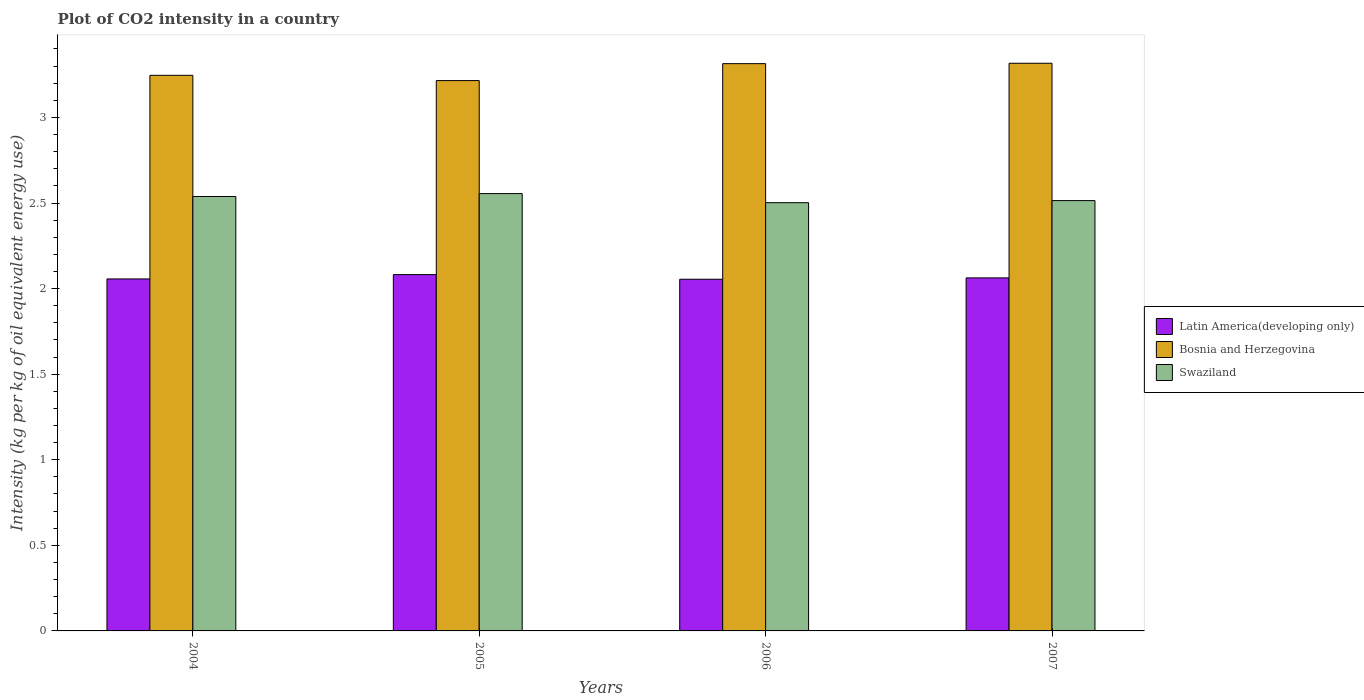
| Years | Latin America(developing only) | Bosnia and Herzegovina | Swaziland |
 | --- | --- | --- | --- |
 | 2004 | 2.06 | 3.25 | 2.54 |
 | 2005 | 2.08 | 3.22 | 2.55 |
 | 2006 | 2.05 | 3.31 | 2.5 |
 | 2007 | 2.06 | 3.32 | 2.51 |